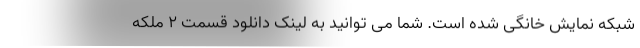
شبکه نمایش خانگی شده است. شما می توانید به لینک دانلود قسمت 2 ملکه